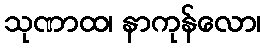
သုဏာထ၊ နာကုန်လော၊